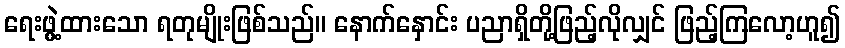
ရေးဖွဲ့ထားသော ရတုမျိုးဖြစ်သည်။ နောက်နှောင်း ပညာရှိတို့ဖြည့်လိုလျှင် ဖြည့်ကြလော့ဟူ၍